Vital statistics of India. Vol. VI, European troops 1870-79
Year: 1870
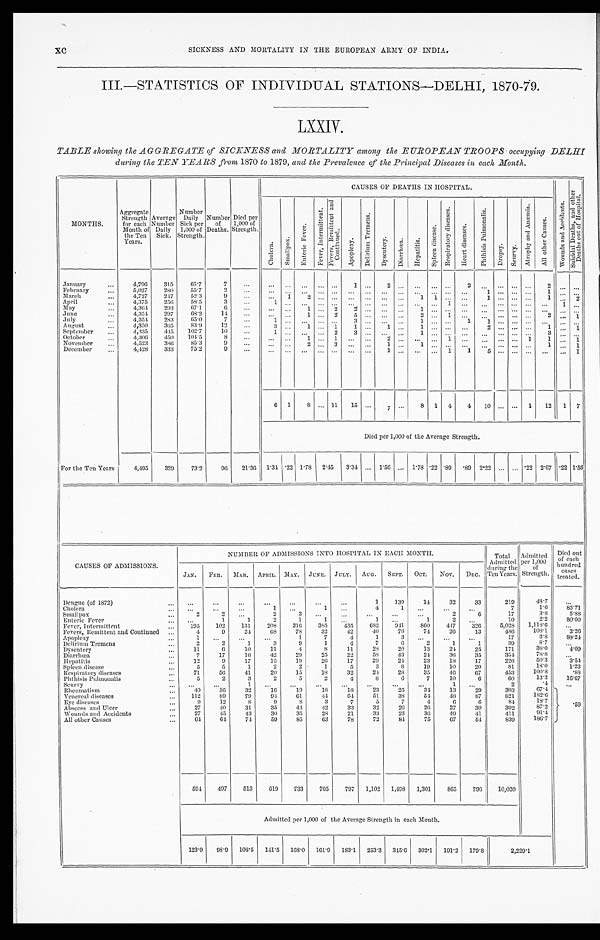
xc
SICKNESS AND MORTALITY IN THE EUROPEAN ARMY OF INDIA.
III.—STATISTICS OF INDIVIDUAL STATIONS-DELHI, 1870-79,
LXXIV.
TABLE showing the AGGREGATE of SICKNESS and MORTALITY among the EUROPEAN TROOPS . occupying DEL
HI
during the TEN YEARS from 1870 to 1879, and the Prevalence of the Principal Diseases in each Month.
MONTHS.
Aggregate Strength for each
Month of
the Ten
Years.
Average Number Daily
Sick.
Number Daily
Sick per
1,000 of
Strength.
Number of
Deaths,
Died per
1,000 of
Strength.
C A U S E S O F D E A T H S I N H O S P I T A L .
W o u n d s a n d A c c i d e n t s .
S u i d a l D e a t h s , a n d o t h e r D e a t h s o u t o f H o s p i t a l .
Cholera/
S m a l l p o x .
E n t e r i c F e v e r . F e v e r , I n t e r m i t t F e v e r s , R e m i t t e n t a n d
C o n t i n u e d .
A p o p l e x y .
D e l i r i u m T r e m e n s .
D y s e n t e r y
D i a r r h œ a .
H e p a t i t i s .
S p l e e n d i s e a s e .
R e s p i r a t o r y d i s e a s e s .
H e a r t d i s e a s e s .
P h t h i s i s u l m o n a l i s .
Dr o p s y .
S e u r v y .
A t r o p h y a n d A n æ m i a . A l l o t h e r C a u s e s .
January
4,796 315 65.7
7
1
2
2
2
February
5,027 280 55.7
2
1
1
March 4,727 247 52.3
9
1 2
1 1
1
1
2
April
4,375 256 58.5
: 3
1
1
1
May
4,364. 293 67.1
6
1
2
2
1
June
4,354 297 68.2 14
1
2
5
2
1
2
1
July
4,354 283 65.0
7
1
3
1
1 1
August
4,350 365
8 3 . 9
12
3
1
1
1
1
1
2
1
1
September
4,335 445 102.7 10
1
2
3
1
3
October
4,306
4 5 0 104.5
8
1
1
2
1
1 1
1
November
4,523 386 85.3
9
2
3
1
1
1
1
December
4,428 333 75.2
9
1
1
1 5
1
6 1 8
1 1 15
7
8 1 4 4 10
1 12 1 7
Died per 1,000 of the Average Strength.
For the Ten Years
4,495 329 73.2 96 21.36 1.34 .22 1.78 2. 45 3.34
1.56
1.78 .22 .89
. 8 9 2.22
.22 2.67 .22 1.56
CAUSES OF ADMISSIONS.
NUMBER OF ADMISSIONS INTO HOSPITAL IN EACH MONTH.
Total
Admitted per
during the
Ten Years.
Admitted 1,000
of
Strength.
Died out
of each
hundred
treated.
JAN.
FEB. MAR. APRIL. MAY. JUNE. JULY. AUG. SEPT. OCT. NOV. DEC.
Dengue (of 1872)
1 139
14
32
33
219
48.7
Cholera
1
1
4
1
7
1.6 85. 71
Smallpox
2
2
2
3
2
6
17
3.8
5. 88
Enteric Fever
1
1
2
1
1
1
1
2
10
2.2 80. 00
Fever, Intermittent
195 102 131 208 316 385 435 682 941 860 417 326
5,028 1,118.6
Fevers, Remittent and Continued
4
9
24
68
78
32
42
40
76 74
26
13
486
108.1
2. 26
Apoplexy
1
1
7
4
1
17
3.8 88. 24
Delirium Tremens
2
2
1
3
9
1
4
7
6
2
1
1
89
8.7
Dysentery
11
6
10
11
4
8
11
28
20
13
24
25
171
38.0
4. 09
Diarrhœa
7
17
16
42
29
25 22
58
43
24 36
35
354
78.8
Hepatitis
12
9
17
15 19
26 17
29
24 23
18
17
226
5 0 . 3
3. 54
Spleen disease
5
5
1
2
2
1
5
3
8 19
10
20
8 1
1 8 . 0
1. 23
Respiratory diseases
71
56
41
20
4 1 18
32
24 28
35 46
67
453
100.8
. 88
Phthisis Pulmonalis
5
2
3
2
5
2
4
8
6
7
10
6
60
13.3 16. 67
Scurvy
1
1
2
. 4
Rheumatism
40
36
32
16
19
18
18
23
25 34 13
29
303
67.4
.59
1820.6
Venereal diseases
112
89
79
9 4 61
44
64
51
38
54 48
87
821
Eye diseases
9
12
8
9
8
3
7
5
7
4
6
6
84
18.7
87.2
Abscess and Ulcer
27
40
31
35
43
42
33
32
26
26 27
30
392
91.4
Wounds and Accidents
2 7 45 43
30
35 28
21
33
23
36 49
41
411
186.7
All other Causes
64
6 4 74
59
85
63
78
72
84 75
67
54
839
594 497 513 619 733 705 797 1,102 1,498 1,301 865 796 10,020
Admitted per 1,000 of the Average Strength in each Month.
123.9 98.9 108.5 141.5 168.0 161.9 183.1 253.3 345.6 302.1 191.2 179.8
2,229.1